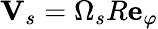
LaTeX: \mathbf{V}_{s}=\Omega_{s}R\mathbf{e}_{\varphi}